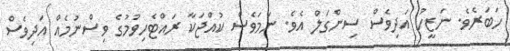
ހަބަރެވެ. ނަޒީހު އަދިވެސް ސިންގަލް އެވެ. ނަމަވެސް ކުއްޖަކާ ރައްޓެހިވުމުގެ ވިސްނުމެއް އަދިވެސް